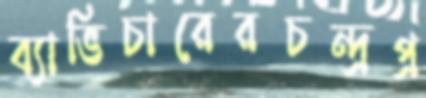
ব্যাভিচারেরচন্দ্রপ্র